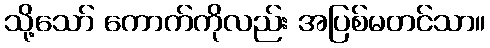
သို့သော် ကောက်ကိုလည်း အပြစ်မတင်သာ။